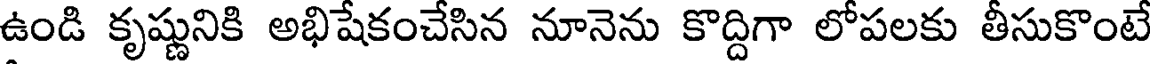
ఉండి కృష్ణునికి అభిషేకంచేసిన నూనెను కొద్దిగా లోపలకు తీసుకొంటే